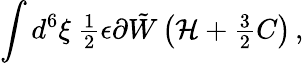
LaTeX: \int d^{6}\xi\ {\textstyle\frac{1}{2}}\epsilon\partial\tilde{W}\left({\cal H}+{\textstyle\frac{3}{2}}C\right)\, ,